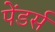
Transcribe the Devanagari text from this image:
पेंडर्स